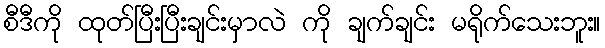
စီဒီကို ထုတ်ပြီးပြီးချင်းမှာလဲ ကို ချက်ချင်း မရိုက်သေးဘူး။